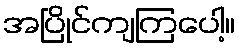
အပြိုင်ကျကြပေါ့။